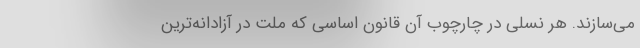
می‌سازند. هر نسلی در چارچوب آن قانون اساسی که ملت در آزادانه‌ترین